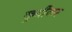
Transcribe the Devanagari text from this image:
कुर्दीकर